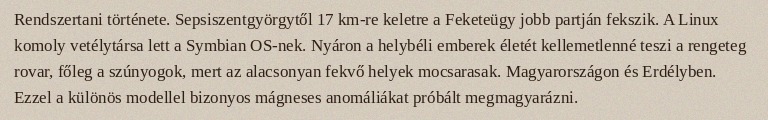
Rendszertani története. Sepsiszentgyörgytől 17 km-re keletre a Feketeügy jobb partján fekszik. A Linux komoly vetélytársa lett a Symbian OS-nek. Nyáron a helybéli emberek életét kellemetlenné teszi a rengeteg rovar, főleg a szúnyogok, mert az alacsonyan fekvő helyek mocsarasak. Magyarországon és Erdélyben. Ezzel a különös modellel bizonyos mágneses anomáliákat próbált megmagyarázni.